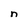
Character: n